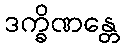
ဒက္ခိဏန္တေ